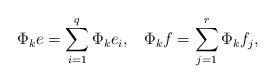
LaTeX: \begin{align*}\Phi_k e = \sum^q_{i=1} \Phi_k e_i , \;\;\; \Phi_k f = \sum^r_{j=1} \Phi_k f_j ,\end{align*}